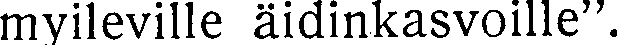
myileville äidinkasvoille''.